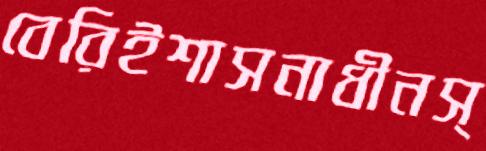
বেরিইশাসনাধীনস্